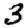
Digit: 3